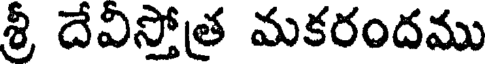
శ్రీ దేవిస్తోత్ర మకరందము